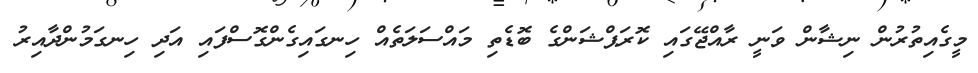
މީގެއިތުރުން ނިޝާން ވަނީ ރާއްޖޭގައި ކޮރަޕްޝަންގެ ބޮޑެތި މައްސަލަތެއް ހިނގައިގެންގޮސްފައި އަދި ހިނގަމުންދާއިރު